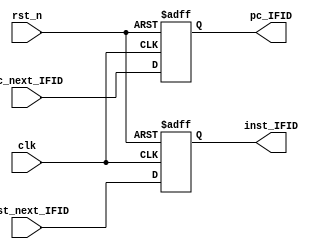
`timescale 1ns / 1ps

module IF_ID_flipflop(
            input wire rst_n, clk,
            input wire [31:0] pc_next_IFID, inst_next_IFID,
            output reg [31:0] pc_IFID, inst_IFID
    );
    
    always @(negedge clk, negedge rst_n )
    if(~rst_n)
    begin
       pc_IFID <= 0;
       inst_IFID <= 0;
    end
    else 
    begin
       pc_IFID <= pc_next_IFID;
       inst_IFID <= inst_next_IFID;
    end
endmodule